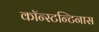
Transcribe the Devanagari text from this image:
कॉन्स्टन्टिनास